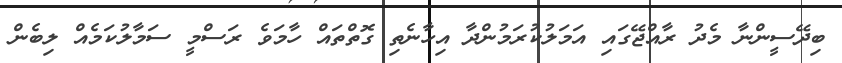
ބިދޭސީންނާ މެދު ރާއްޖޭގައި އަމަލުކުރަމުންދާ އިހާނެތި ގޮތްތައް ހާމަވެ ރަސްމީ ސަމާލުކަމެއް ލިބެން